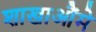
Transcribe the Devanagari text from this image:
शाखाऔंमे